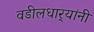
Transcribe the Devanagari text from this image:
वडीलधार्‍यांनी